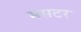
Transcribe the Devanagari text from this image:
मसटर